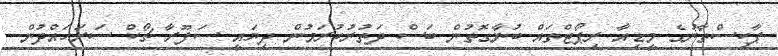
ޕާކިސްތާނުގެ މީޑިއާ ރިޕޯޓްތައް ބުނާގޮތުން ބަސް ދަތުރުކުރަމުން ދިޔައީ ސަފޫރާ ޗޯކް ސަރަހައްދުން